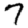
Digit: 7